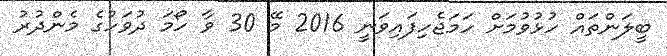
ބީލަންތައް ހުޅުވުމަށް ހަމަޖެހިފައިވަނީ 2016 މޭ 30 ވާ ހޯމަ ދުވަހުގެ މެންދުރު